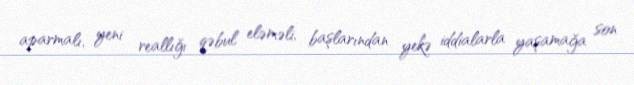
aparmalı, yeni reallığı qəbul eləməli, başlarından yekə iddialarla yaşamağa son